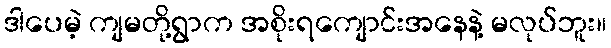
ဒါပေမဲ့ ကျမတို့ရွာက အစိုးရကျောင်းအနေနဲ့ မလုပ်ဘူး။